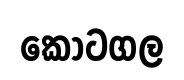
කොටගල